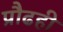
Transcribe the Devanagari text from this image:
प्रौढही